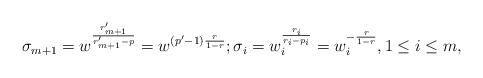
LaTeX: \begin{align*}\sigma_{m+1}=w^{\frac {r_{m+1}'}{r_{m+1}'- p}}=w^{(p'-1)\frac{r}{1-r}};\sigma_i=w_i^{\frac{r_i}{r_i-p_i}}=w_i^{-\frac{r}{1-r}}, 1\le i\le m,\end{align*}